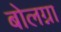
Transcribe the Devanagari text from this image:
बोलग्ना